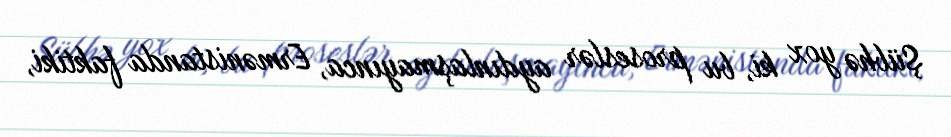
Şübhə yox ki, bu proseslər aydınlaşmayınca, Ermənistanda faktiki,